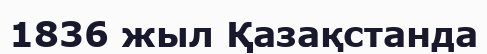
1836 жыл Қазақстанда